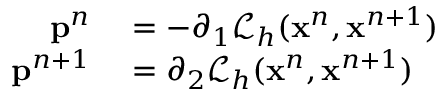
\begin{array} { r l } { \mathbf { p } ^ { n } } & { { } = - \partial _ { 1 } \mathcal { L } _ { h } ( \mathbf { x } ^ { n } , \mathbf { x } ^ { n + 1 } ) } \\ { \mathbf { p } ^ { n + 1 } } & { { } = \partial _ { 2 } \mathcal { L } _ { h } ( \mathbf { x } ^ { n } , \mathbf { x } ^ { n + 1 } ) } \end{array}